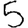
Digit: 5